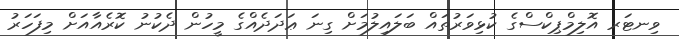
ވިނޓަރ އޮލިމްޕިކްސްގެ ކުޅިވަރުތައް ބަލައިލުމަށް ގިނަ ޢަދަދެއްގެ މީހުން ދެކުނު ކޮރެއާއަށް މިފަހަރު